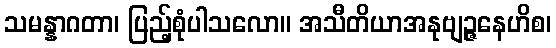
သမန္နာဂတာ၊ ပြည့်စုံပါသလော။ အသီတိယာအနုဗျဉ္ဇနေဟိစ၊